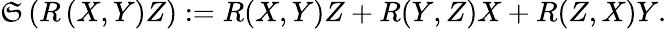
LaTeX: {\mathfrak{S}}\left(R\left(X,Y\right)Z\right):=R(X,Y)Z+R(Y,Z)X+R(Z,X)Y.